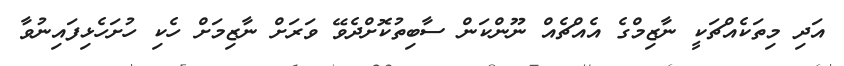
އަދި މިތަކެއްޗަކީ ނާޒިމްގެ އެއްޗެއް ނޫންކަން ސާބިތުކޮށްދެވޭ ވަރަށް ނާޒިމަށް ހެކި ހުށަހެޅިފައިނުވާ